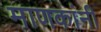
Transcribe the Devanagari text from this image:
माणकांनी